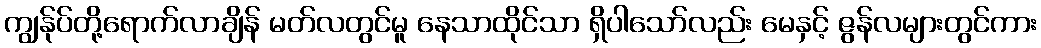
ကျွန်ုပ်တို့ရောက်လာချိန် မတ်လတွင်မူ နေသာထိုင်သာ ရှိပါသော်လည်း မေနှင့် ဇွန်လများတွင်ကား